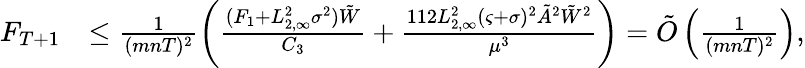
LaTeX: \begin{array}{rl}{F_{T+1}}&{\le\frac{1}{(mnT)^{2}}\left(\frac{(F_{1}+L_{2,\infty}^{2}\sigma^{2})\tilde{W}}{C_{3}}+\frac{112L_{2,\infty}^{2}(\varsigma+\sigma)^{2}\tilde{A}^{2}{\tilde{W}}^{2}}{\mu^{3}}\right)=\tilde{O}\left(\frac{1}{(mnT)^{2}}\right),}\end{array}